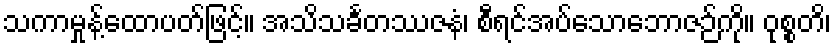
သကာမှုန့်ထောပတ်ဖြင့်။ အသိသင်္ခတဿဇနံ၊ စီရင်အပ်သောဘောဇဉ်ကို။ ဝုစ္စတိ၊